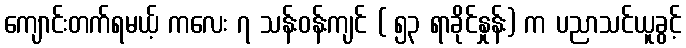
ကျောင်းတက်ရမယ့် ကလေး ၇ သန်းဝန်းကျင် ( ၅၃ ရာခိုင်နှုန်း) က ပညာသင်ယူခွင့်